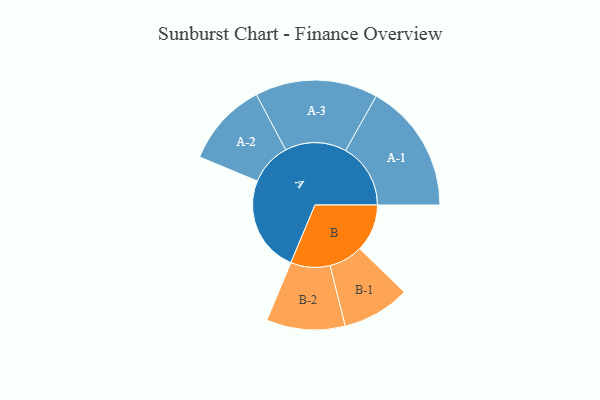
{"axis": {"x": "Segment", "y": "Value"}, "legend": ["", "A", "B"], "data": [{"x": "A", "y": 406, "type": ""}, {"x": "B", "y": 200, "type": ""}, {"x": "A-1", "y": 274, "type": "A"}, {"x": "A-2", "y": 178, "type": "A"}, {"x": "A-3", "y": 259, "type": "A"}, {"x": "B-1", "y": 143, "type": "B"}, {"x": "B-2", "y": 166, "type": "B"}]}